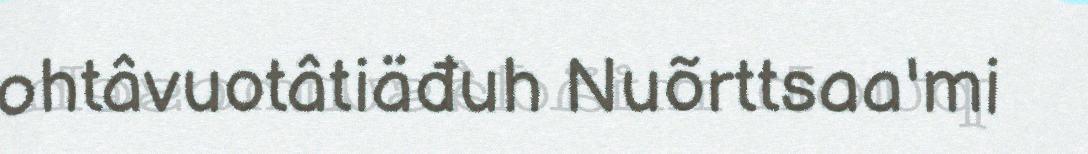
ohtâvuotâtiäđuh Nuõrttsaa'mi